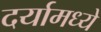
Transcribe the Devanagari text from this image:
दर्यामध्ये